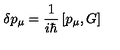
\delta p _ { \mu } = \frac { 1 } { i \hbar } \left[ p _ { \mu } , G \right]